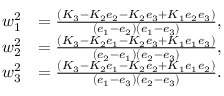
\begin{array} { r l } { w _ { 1 } ^ { 2 } } & { = \frac { ( K _ { 3 } - K _ { 2 } e _ { 2 } - K _ { 2 } e _ { 3 } + K _ { 1 } e _ { 2 } e _ { 3 } ) } { ( e _ { 1 } - e _ { 2 } ) ( e _ { 1 } - e _ { 3 } ) } , } \\ { w _ { 2 } ^ { 2 } } & { = \frac { ( K _ { 3 } - K _ { 2 } e _ { 1 } - K _ { 2 } e _ { 3 } + K _ { 1 } e _ { 1 } e _ { 3 } ) } { ( e _ { 2 } - e _ { 1 } ) ( e _ { 2 } - e _ { 3 } ) } , } \\ { w _ { 3 } ^ { 2 } } & { = \frac { ( K _ { 3 } - K _ { 2 } e _ { 1 } - K _ { 2 } e _ { 2 } + K _ { 1 } e _ { 1 } e _ { 2 } ) } { ( e _ { 1 } - e _ { 3 } ) ( e _ { 2 } - e _ { 3 } ) } . } \end{array}